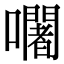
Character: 𡄢